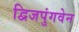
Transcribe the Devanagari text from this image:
द्विजपुंगवेन